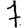
Digit: 7